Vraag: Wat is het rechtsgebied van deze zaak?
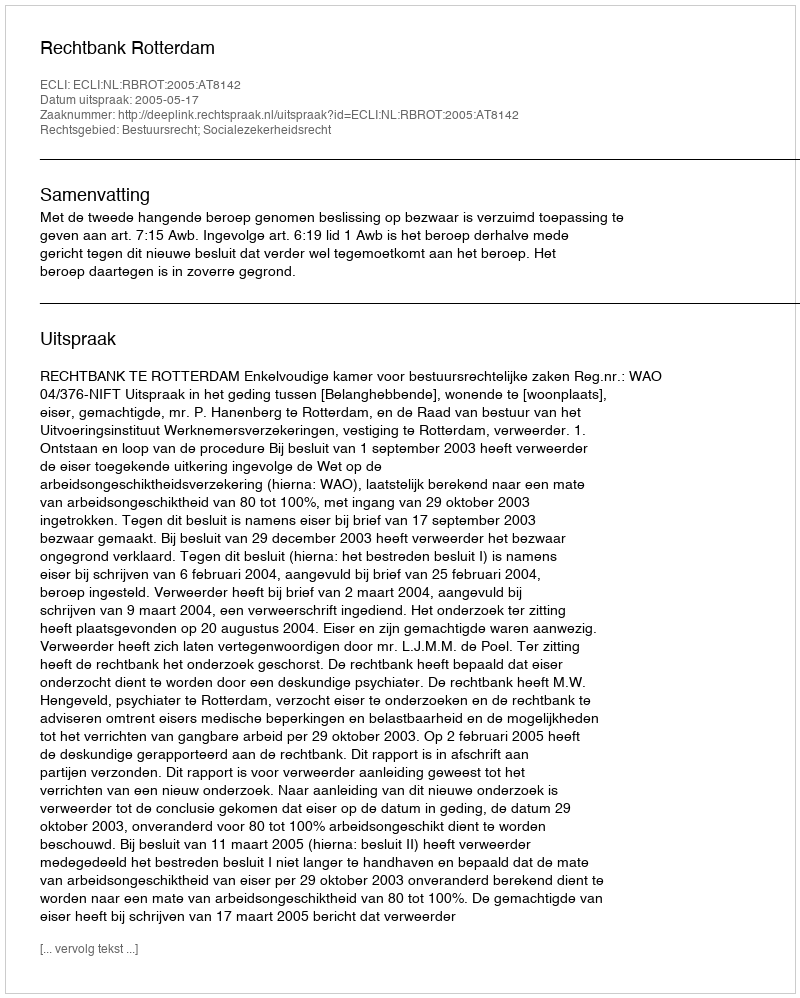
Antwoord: Bestuursrecht; Socialezekerheidsrecht